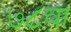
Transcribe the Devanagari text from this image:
७८वा